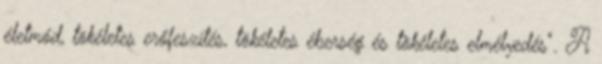
életmód, tökéletes erőfeszítés, tökéletes éberség és tökéletes elmélyedés". A